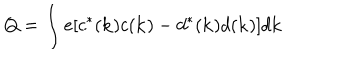
Q = \int e [ c ^ { \ast } ( { \bf k } ) c ( { \bf k } ) - d ^ { \ast } ( { \bf k } ) d ( { \bf k } ) ] d { \bf k }